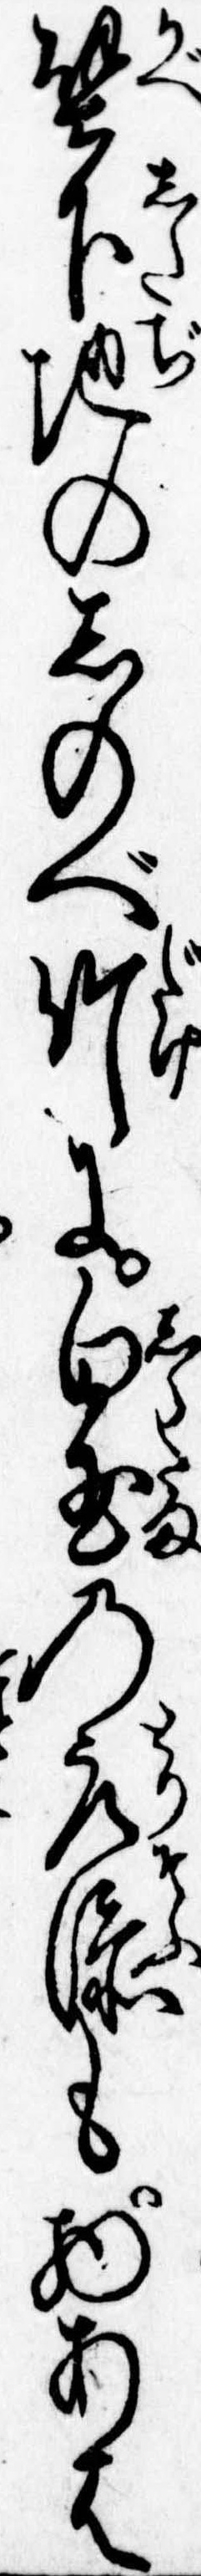
壁下地のしのべ竹に白玉の取添も物あは